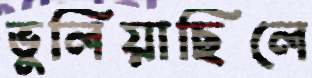
ভুলিয়াছিলে